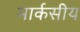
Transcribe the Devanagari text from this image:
मार्कसीय